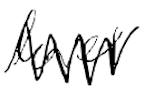
Text: level
Cross-out: zig-zag
Writing tool: digital_black